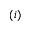
( i )